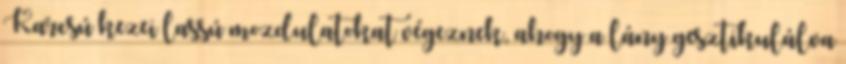
Karcsú kezei lassú mozdulatokat végeznek, ahogy a lány gesztikulálva